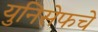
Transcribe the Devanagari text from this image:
युनिसेफचे